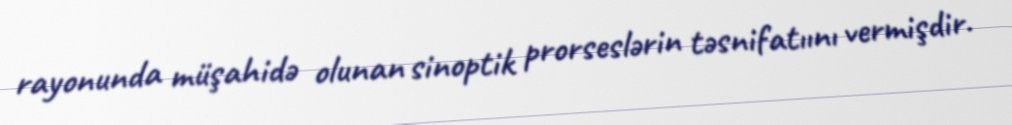
rayonunda müşahidə olunan sinoptik prorseslərin təsnifatıını vermişdir.